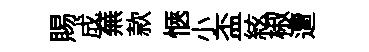
賜成蕪款愜小盃絃椒遭